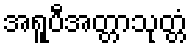
အရူပီအတ္တာသုတ္တံ